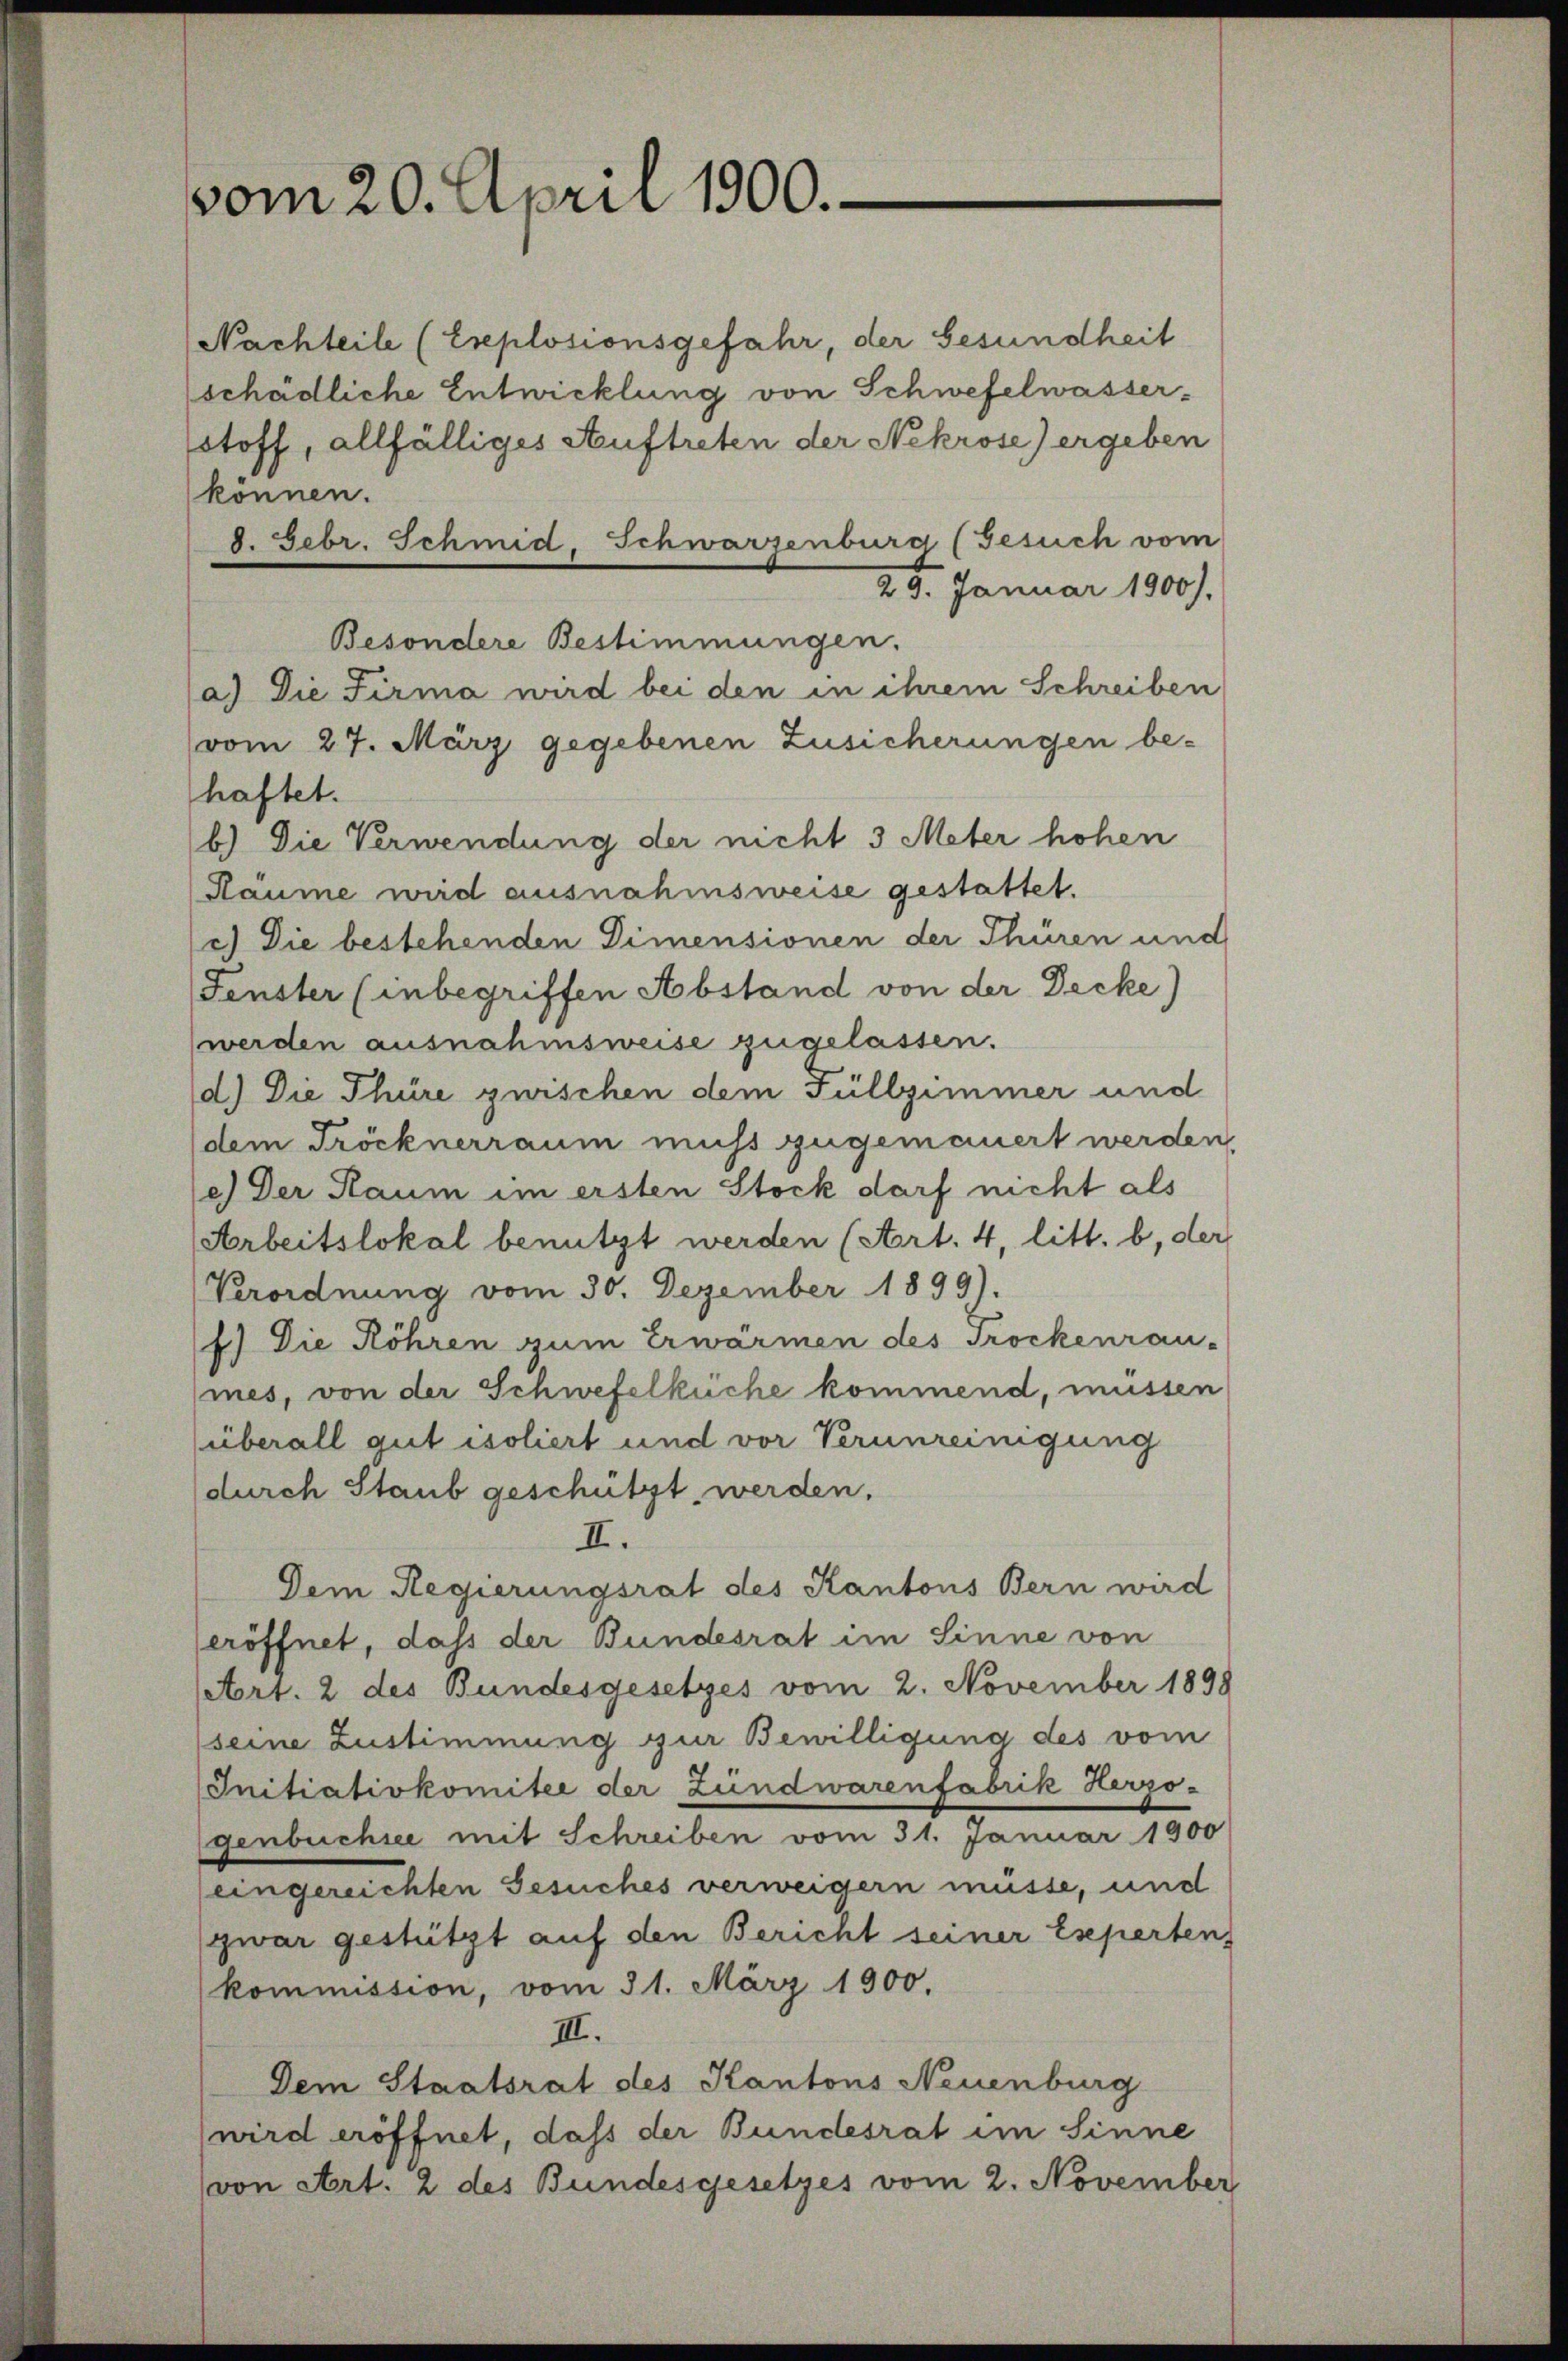
vom 20. April 1900.

Nachteile (Explosionsgefahr, der Gesundheit
schädliche Entwicklung von Schwefelwasserstoff, allfälliges Auftreten der Nekrose) ergeben
können.
29. Januar 1900).
(a.) Die Firma wird bei den in ihrem Schreiben
vom 27. März gegebenen Zusicherungen be-
haftet.
b.) Die Verwendung der nicht 3 Meter hohen
Räume wird ausnahmsweise gestattet.
c) Die bestehenden Dimensionen der Thüren und
Fenster (inbegriffen Abstand von der Decke)
werden ausnahmsweise zugelassen.
d.) Die Thüre guischen dem Füllzimmer und
dem Tröcknerraum muss zugemauert werden.
e.) Der Raum im ersten Stock darf nicht als
Arbeitslokal benützt werden (Art. 4, litt. b, der
Verordnung vom 30. Dezember 1899).
f) Die Röhren zum Erwärmen des Trockenrau-
mes, von der Schwefelkuche kommend, müssen
überall gut isoliert und vor Verunreinigung
durch Staub geschützt werden.
II.
Dem Regierungsrat des Kantons Bern wird
eröffnet, dass der Bundesrat im Sinne von
Art. 2 des Bundesgesetzes vom 2. November 1898
seine Zustimmung zur Bewilligung des vom
Initiativkomitee der Zündwarenfabrik Herzo-
genbuchsee mit Schreiben vom 31. Januar 1900
eingereichten Gesuches verweigern müsse, und
zwar gestützt auf den Bericht seiner Esperten
kommission, vom 31. März 1900.
III.
Dem Staatsrat des Kantons Neuenburg
wird eröffnet, daß der Bundesrat im Sinne
von Art. 2 des Bundesgesetzes vom 2. November

Besondere Bestimmungen.

8. Febr. Schmid, Schwarzenburg (Gesuch vom